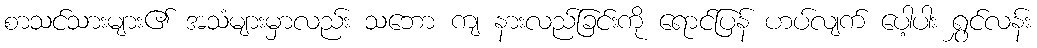
စာသင်သားများ၏ အသံများမှာလည်း သဘော ကျ နားလည်ခြင်းကို ရောင်ပြန် ဟပ်လျက် ပေါ့ပါး ရွှင်လန်း